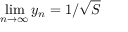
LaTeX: \operatorname* { l i m } _ { n \to \infty } y _ { n } = 1 / { \sqrt { S } }